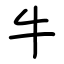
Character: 牛